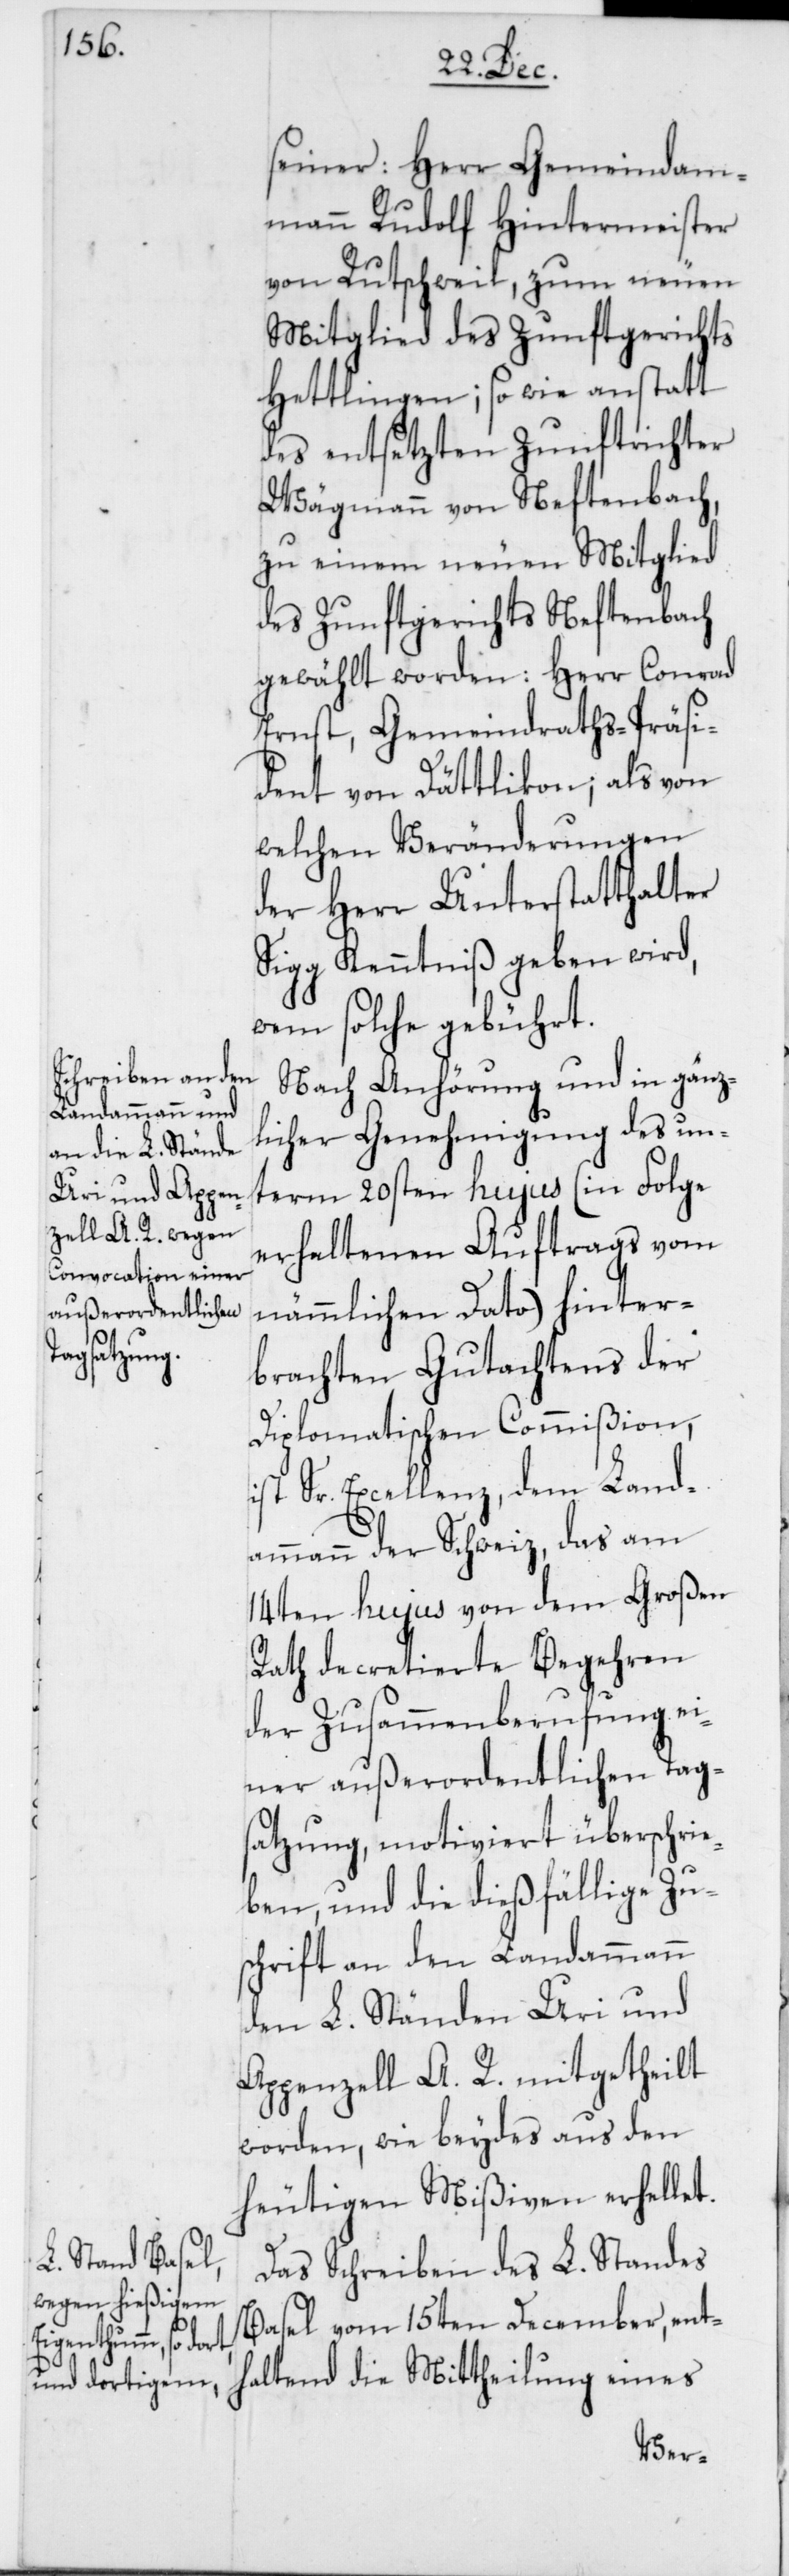
seiner: Herr Gemeindam¬
mann Rudolf Hintermeister
von Rutschweil, zum neuen
Mitglied des Zunftgerichts
Hettlingen; so wie anstatt
des entsetzten Zunftrichter
Wägmann von Neftenbach,
zu einem neuen Mitglied
des Zunftgerichts Neftenbach
gewählt worden: Herr Conrad
Ernst, Gemeindraths-Präsi¬
dent von Dättlikon; als von
welchen Veränderungen
der Herr Unterstatthalter
Sigg Kenntniß geben wird,
wem solche gebührt.
Nach Anhörung und in gänz¬
licher Genehmigung des un¬
term 20sten hujus (in Folge
erhaltenen Auftrags vom
nämmlichen Dato) hinter¬
brachten Gutachtens der
Diplomatischen Commißion,
ist Sr. Excellenz, dem Land¬
ammann der Schweiz, das am
14ten hujus von dem Großen
Rath decretierte Begehren
der Zusammenberufung ei¬
ner außerordentlichen Tag¬
satzung, motiviert überschrie¬
ben, und die dießfällige Zu¬
schrift an den Landammann
den L. Ständen Uri und
Appenzell A. R. mitgetheilt
worden, wie beydes aus den
heutigen Mißiven erhellet.
Das Schreiben des L. Standes
Basel vom 15ten December, ent¬
haltend die